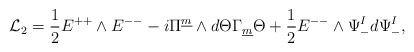
LaTeX: \begin{align*}{\cal L}_2 = {1 \over 2} E^{++} \wedge E^{--} -i \Pi^{\underline{m}} \wedge d\Theta \Gamma_{\underline{m}} \Theta+ {1 \over 2} E^{--}\wedge \Psi^I_{-} d \Psi^I_{-}, \qquad\end{align*}